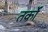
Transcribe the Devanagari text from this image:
तर्काें